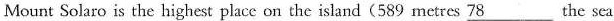
Mount Solaro is the highest place on the island(589 metres \underline{78} the sea